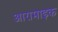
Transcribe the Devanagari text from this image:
आरामाइक